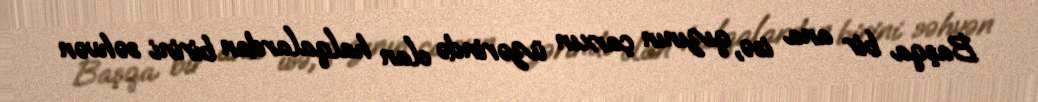
Başqa bir ana isə, qızının çarxın üzərində olan halqalardan birini səhvən